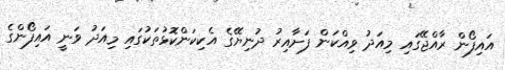
އައިފޯން ރާއްޖޭގައި މިއަދު ވިއްކަން ފަށާއިރު ދުނިޔޭގެ އެކިކަންކޮޅުތަކުގައި މިއަދު ވަނީ އައިފޯންގެ